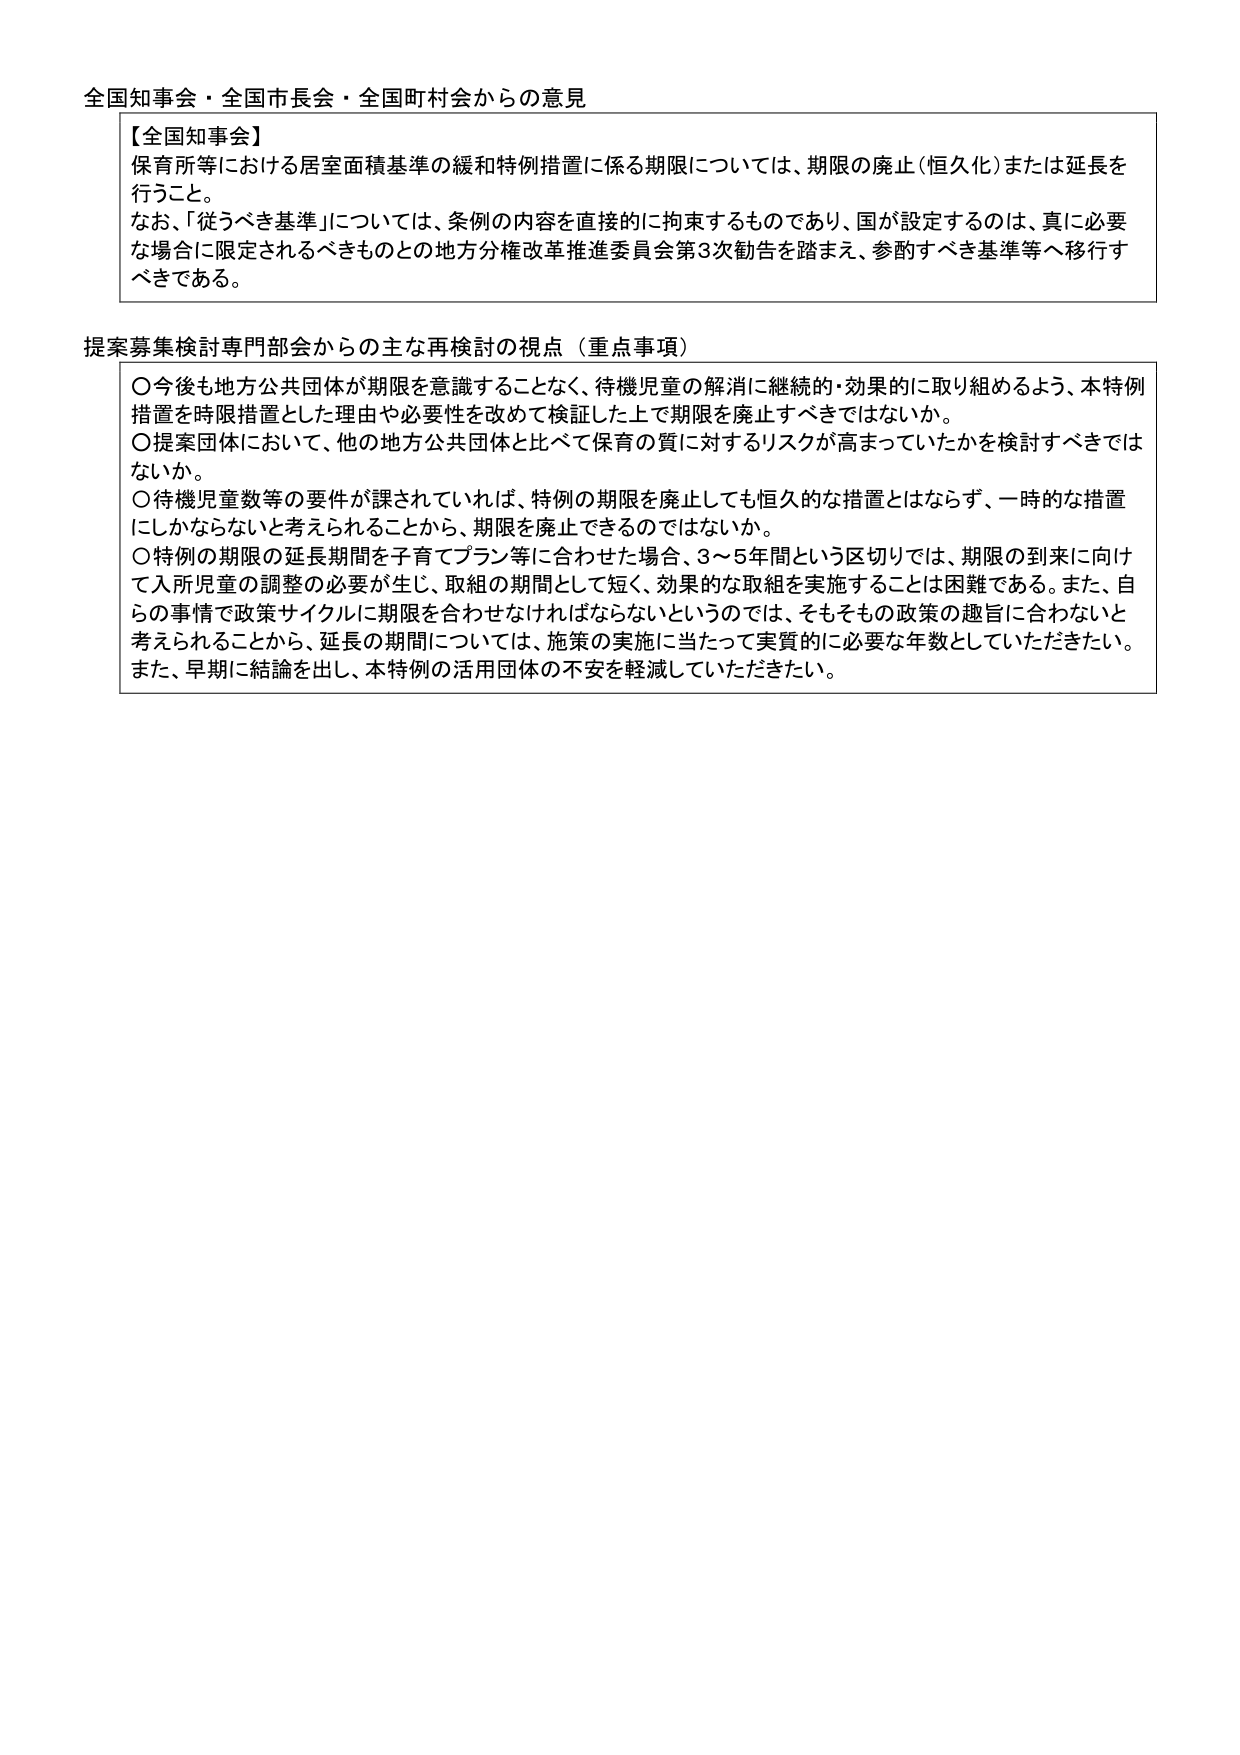
全国知事会・全国市長会・全国町村会からの意見

【全国知事会】
保育所等における居室面積基準の緩和特例措置に係る期限については、期限の廃止（恒久化）または延長を行うこと。
なお、「従うべき基準」については、条例の内容を直接的に拘束するものであり、国が設定するのは、真に必要な場合に限定されるべきものとの地方分権改革推進委員会第3次勧告を踏まえ、参酌すべき基準等へ移行すべきである。

提案募集検討専門部会からの主な再検討の視点（重点事項）
〇今後も地方公共団体が期限を意識することなく、待機児童の解消に継続的・効果的に取り組めるよう、本特例措置を時限措置とした理由や必要性を改めて検証した上で期限を廃止すべきではないか。
〇提案団体において、他の地方公共団体と比べて保育の質に対するリスクが高まっていたかを検討すべきではないか。
〇待機児童数等の要件が課されていれば、特例の期限を廃止しても恒久的な措置とはならず、一時的な措置にしかならないと考えられることから、期限を廃止できるのではないか。
〇特例の期限の延長期間を子育てプラン等に合わせた場合、3～5年間という区切りでは、期限の到来に向けて入所児童の調整の必要が生じ、取組の期間として短く、効果的な取組を実施することは困難である。また、自らの事情で政策サイクルに期限を合わせなければならないというのでは、そもそもその政策の趣旨に合わないと考えられることから、延長の期間については、施策の実施に当たって実質的に必要な年数としていただきたい。また、早期に結論を出し、本特例の活用団体の不安を軽減していただきたい。